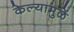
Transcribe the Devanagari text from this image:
केल्यामुळें